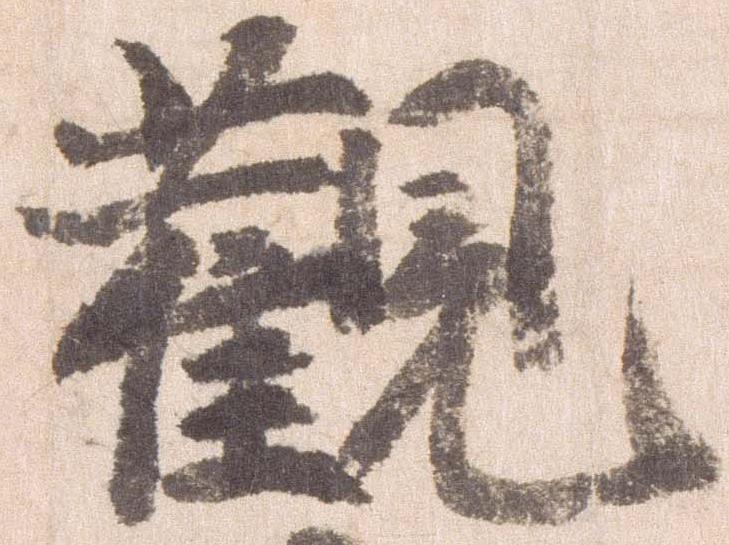
観